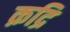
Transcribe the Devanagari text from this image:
क़द्रि